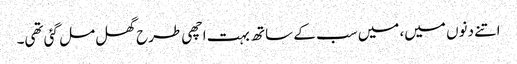
اتنے دنوں میں، میں سب کے ساتھ بہت اچھی طرح گھل مل گئی تھی۔